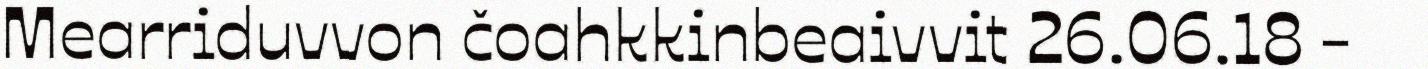
Mearriduvvon čoahkkinbeaivvit 26.06.18 -